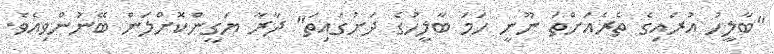
"ބާލީހު އުރައިގެ ތެރެއަށްތަ ނޫނީ ހަމަ ބާލީހުގެ ދަށުގައިތަ" ދާރާ ޔަގީންކޮށްލަން ބޭނުންވިއެވެ.